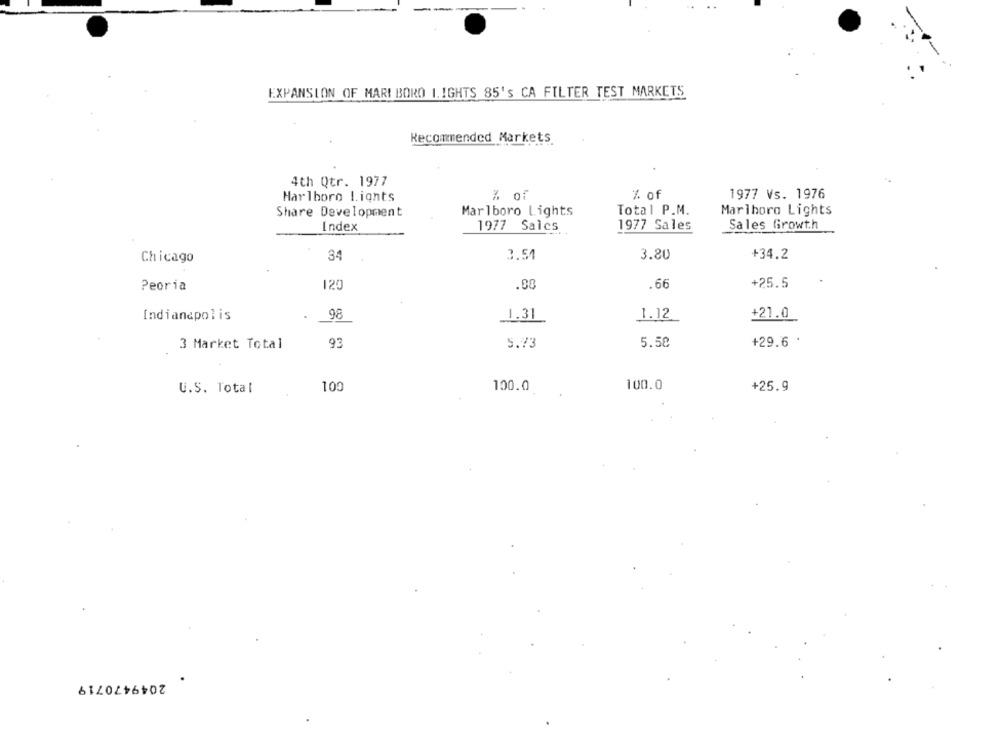
EXPANSION OF MARLBORO 1.IGHTS 85's CA FILTER TEST MARKETS
Recommended Markets.
4th Qtr. 1977
Harlboro L.iqnts
% of
% of
1977 Vs. 1976
Share Development
Marlboro Lights
Total P.M.
Marlboro Lights
Index
1977 Salcs
1977 Sales
Sales Growth
Chicago
34
3.54
3.80
+34.2
Peoria
120
.66
+25.5
Indianapolis
98
1.31
1.12
+21.0
+29.6 .
3 Market Total
93
5.73
5.58
100.0
U.S. Total
109
100.0
+25.9
2049470719